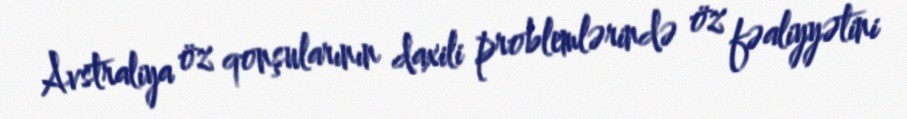
Avstraliya öz qonşularının daxili problemlərində öz fəaliyyətini